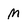
Character: M